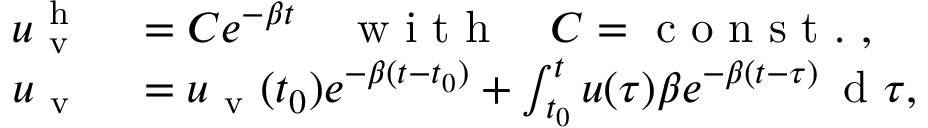
\begin{array} { r l } { u _ { \mathrm { ~ v ~ } } ^ { \mathrm { ~ h ~ } } } & { { } = C e ^ { - \beta t } \quad \mathrm { ~ w ~ i ~ t ~ h ~ } \quad C = \mathrm { ~ c ~ o ~ n ~ s ~ t ~ . ~ } , } \\ { u _ { \mathrm { ~ v ~ } } } & { { } = u _ { \mathrm { ~ v ~ } } ( t _ { 0 } ) e ^ { - \beta ( t - t _ { 0 } ) } + \int _ { t _ { 0 } } ^ { t } u ( \tau ) \beta e ^ { - \beta ( t - \tau ) } \, \mathrm { ~ d ~ } \tau , } \end{array}